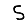
Digit: 5